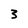
Character: 3